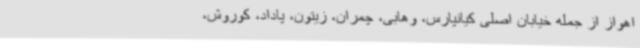
اهواز از جمله خیابان اصلی کیانپارس، وهابی، چمران، زیتون، پاداد، کوروش،